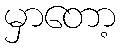
မှာတော့